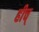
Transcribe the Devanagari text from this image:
हीच्